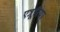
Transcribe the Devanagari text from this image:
एत्रूरिया